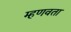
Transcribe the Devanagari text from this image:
म्हणवता